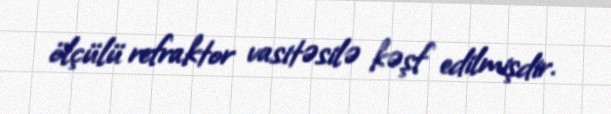
ölçülü refraktor vasitəsilə kəşf edilmişdir.